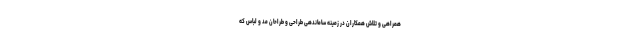
همراهی و تلاش همکاران در زمینه ساماندهی طراحی و طراحان مد و لباس که